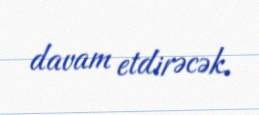
davam etdirəcək.